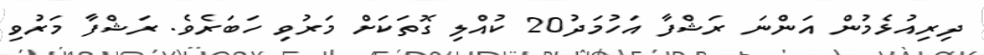
ދިރިއުޅެމުން އަންނަ ރަޝްފާ އަހުމަދު20 ކުއްލި ގޮތަކަށް މަރުވި ހަބަރެވެ. ރަޝްފާ މަރުވި